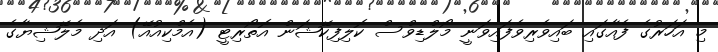
މި އަހަރުގެ ފެއާގައި ބައިވެރިވެފައިވަނީ މޯލްޑިވްސް ކޮލިފިކޭޝަން އޮތޯރިޓީ (އެމްކިއުއޭ) އަދި މެލޭޝިޔާގެ